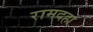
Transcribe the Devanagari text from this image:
रामदहा